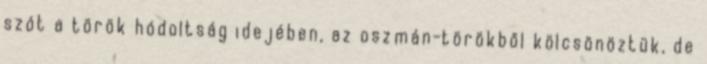
szót a török hódoltság idejében, az oszmán-törökből kölcsönöztük, de